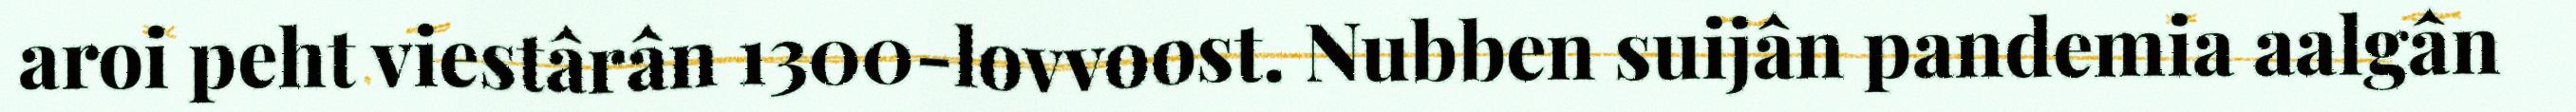
aroi peht viestârân 1300-lovvoost. Nubben suijân pandemia aalgân